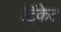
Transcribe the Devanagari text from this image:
ट्रिंकेट